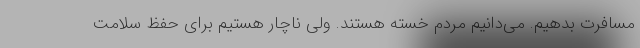
مسافرت بدهیم. می‌دانیم مردم خسته هستند. ولی ناچار هستیم برای حفظ سلامت